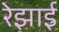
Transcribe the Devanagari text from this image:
रेझाई